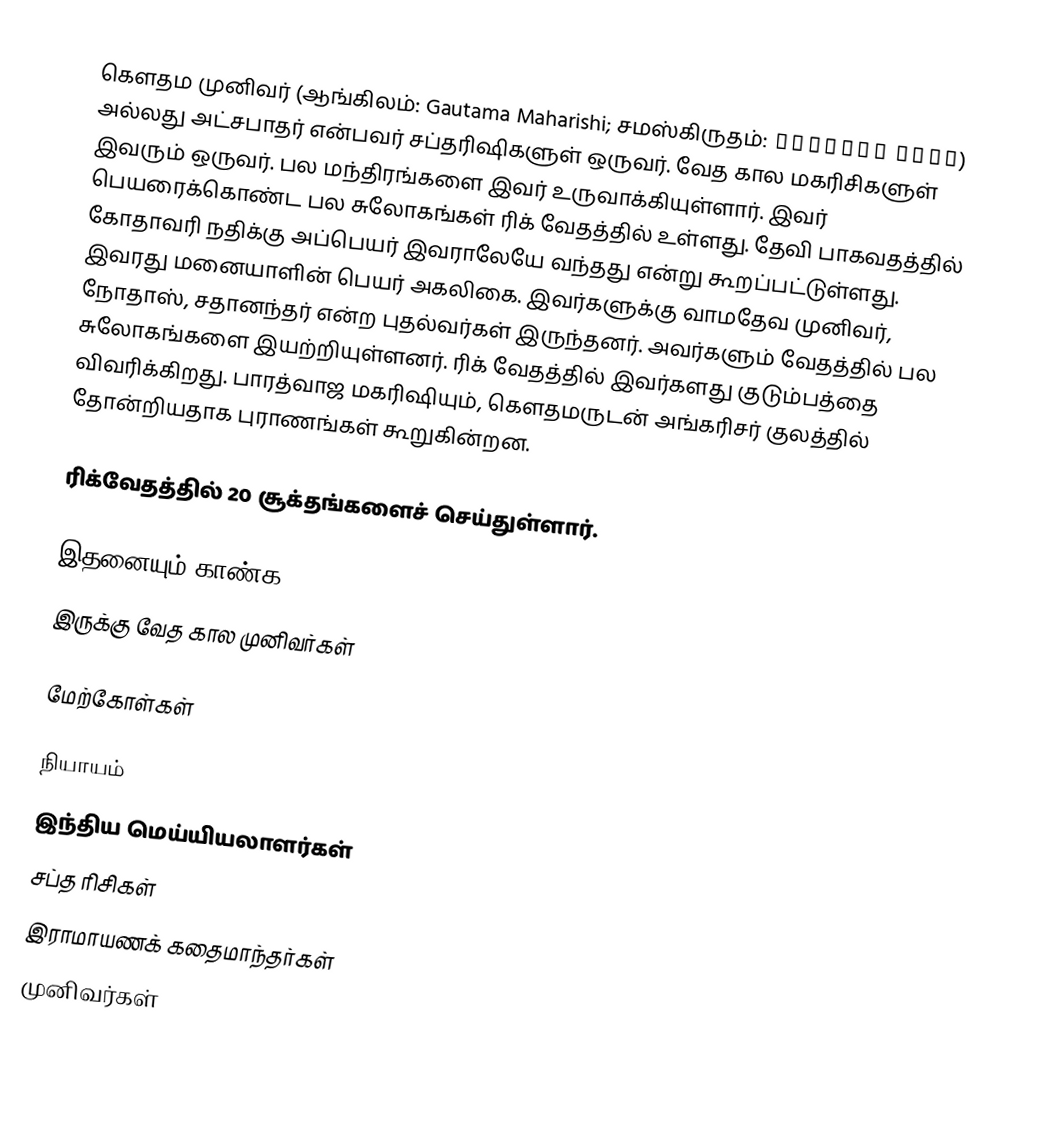
கௌதம முனிவர் (ஆங்கிலம்: Gautama Maharishi; சமஸ்கிருதம்: महर्षिः गौतम) அல்லது அட்சபாதர் என்பவர் சப்தரிஷிகளுள் ஒருவர். வேத கால மகரிசிகளுள் இவரும் ஒருவர். பல மந்திரங்களை இவர் உருவாக்கியுள்ளார். இவர் பெயரைக்கொண்ட பல சுலோகங்கள் ரிக் வேதத்தில் உள்ளது. தேவி பாகவதத்தில் கோதாவரி நதிக்கு அப்பெயர் இவராலேயே வந்தது என்று கூறப்பட்டுள்ளது. இவரது மனையாளின் பெயர் அகலிகை. இவர்களுக்கு வாமதேவ முனிவர், நோதாஸ், சதானந்தர் என்ற புதல்வர்கள் இருந்தனர். அவர்களும் வேதத்தில் பல சுலோகங்களை இயற்றியுள்ளனர். ரிக் வேதத்தில் இவர்களது குடும்பத்தை விவரிக்கிறது. பாரத்வாஜ மகரிஷியும், கௌதமருடன் அங்கரிசர் குலத்தில் தோன்றியதாக புராணங்கள் கூறுகின்றன.

ரிக்வேதத்தில் 20 சூக்தங்களைச் செய்துள்ளார்.

இதனையும் காண்க
 இருக்கு வேத கால முனிவர்கள்

மேற்கோள்கள்

நியாயம்
இந்திய மெய்யியலாளர்கள்
சப்த ரிசிகள்
இராமாயணக் கதைமாந்தர்கள்
முனிவர்கள்